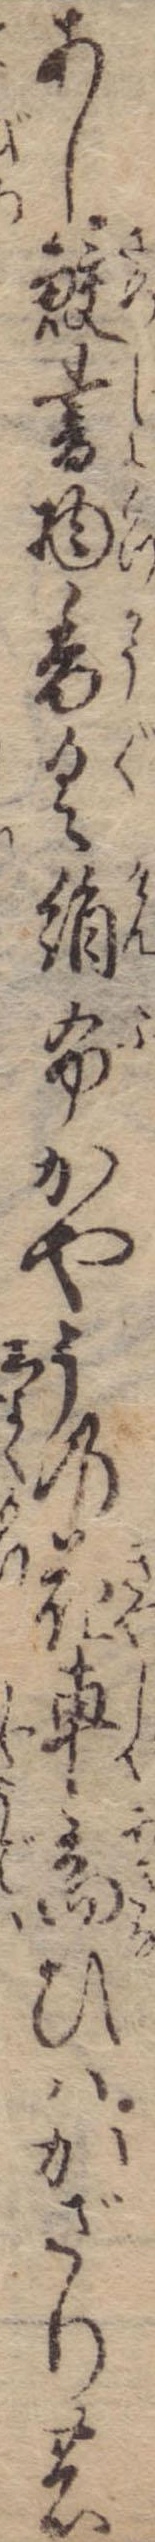
あし鮫書物香具絹布かやうの花車商ひはかざりの